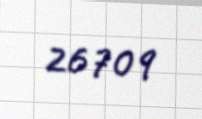
26709